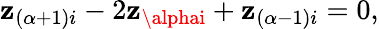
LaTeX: \mathbf{z}_{(\alpha+1)i}-2\mathbf{z}_{\alphai}+\mathbf{z}_{(\alpha-1)i}=0,